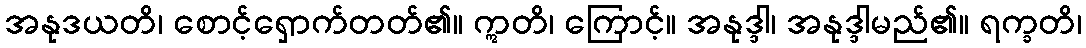
အနုဒယတိ၊ စောင့်ရှောက်တတ်၏။ ဣတိ၊ ကြောင့်။ အနုဒ္ဒါ၊ အနုဒ္ဒါမည်၏။ ရက္ခတိ၊